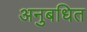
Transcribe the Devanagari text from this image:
अनुबधित